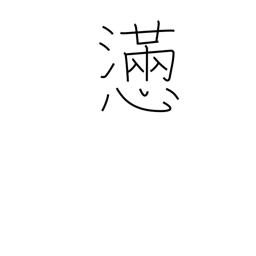
Meaning: agony